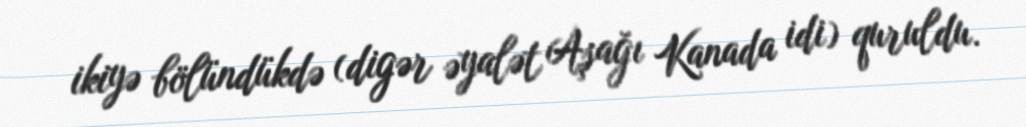
ikiyə bölündükdə (digər əyalət Aşağı Kanada idi) quruldu.